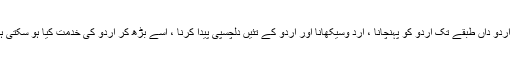
غیر اردو داں طبقے تک اردو کو پہنچانا ، ارد وسیکھانا اور اردو کے تئیں دلچسپی پیدا کرنا ، اسے بڑھ کر اردو کی خدمت کیا ہو سکتی ہے ؟